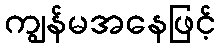
ကျွန်မအနေဖြင့်